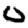
Digit: 0